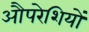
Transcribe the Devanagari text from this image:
औपरेशियों